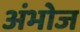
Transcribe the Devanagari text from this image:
अंभोज